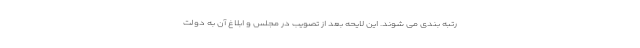
رتبه بندی می شوند. این لایحه بعد از تصویب در مجلس و ابلاغ آن به دولت